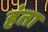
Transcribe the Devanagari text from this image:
हंता